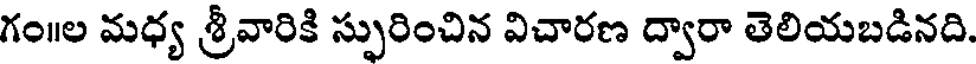
గం॥ల మధ్య శ్రీవారికి స్పురించిన విచారణ ద్వారా తెలియబడినది.